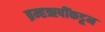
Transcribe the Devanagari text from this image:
ब्रम्हऋषींकडून